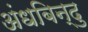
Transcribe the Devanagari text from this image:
अंधबिन्दु